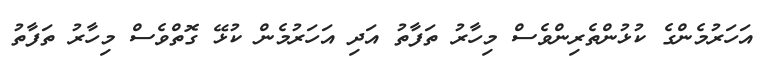
އަހަރުމެންގެ ކުޅުންތެރިންވެސް މިހާރު ތަފާތު އަދި އަހަރުމެން ކުޅޭ ގޮތްވެސް މިހާރު ތަފާތު